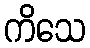
ကိသေ